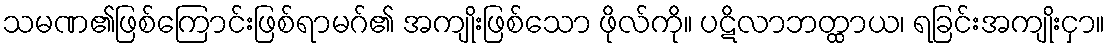
သမဏ၏ဖြစ်ကြောင်းဖြစ်ရာမဂ်၏ အကျိုးဖြစ်သော ဖိုလ်ကို။ ပဋိလာဘတ္ထာယ၊ ရခြင်းအကျိုးငှာ။